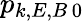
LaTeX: p_{k,E,B\, 0}